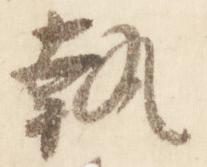
執